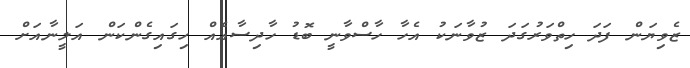
ޒެވިޔަން ފަދަ ހިތްވަރުގަދަ ޒުވާނަކު އެހާ ހާސްވާނީ ބޮޑު ހާދިސާއެއް ހިގައިގެންކަން އަލީނާއަށް